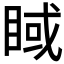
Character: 𥇿